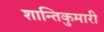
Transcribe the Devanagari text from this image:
शान्तिकुमारी